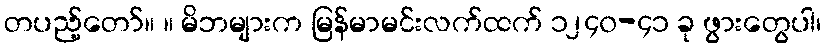
တပည့်တော်။ ။ မိဘများက မြန်မာမင်းလက်ထက် ၁၂၄၀-၄၁ ခု ဖွားတွေပါ၊